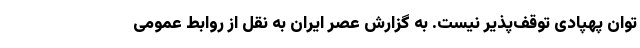
توان پهپادی توقف‌پذیر نیست. به گزارش عصر ایران به نقل از روابط عمومی